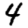
Digit: 4